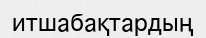
итшабақтардың